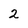
Character: 2